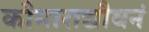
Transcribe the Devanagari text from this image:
कौमाराद्यौवनं